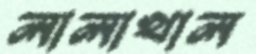
লালাখাল